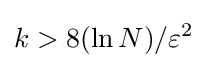
k>8(\ln N)/\varepsilon ^{2}